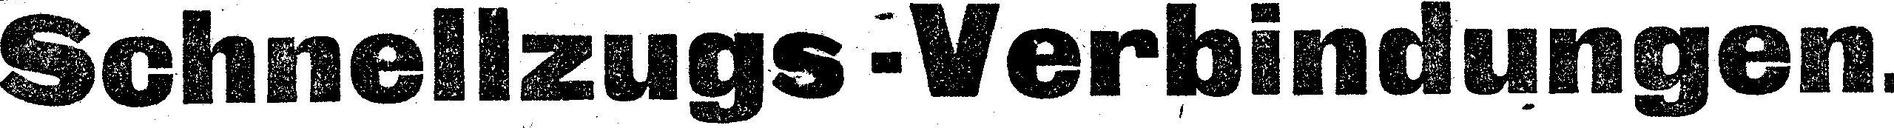
Schnellzugs-Verbindungen.